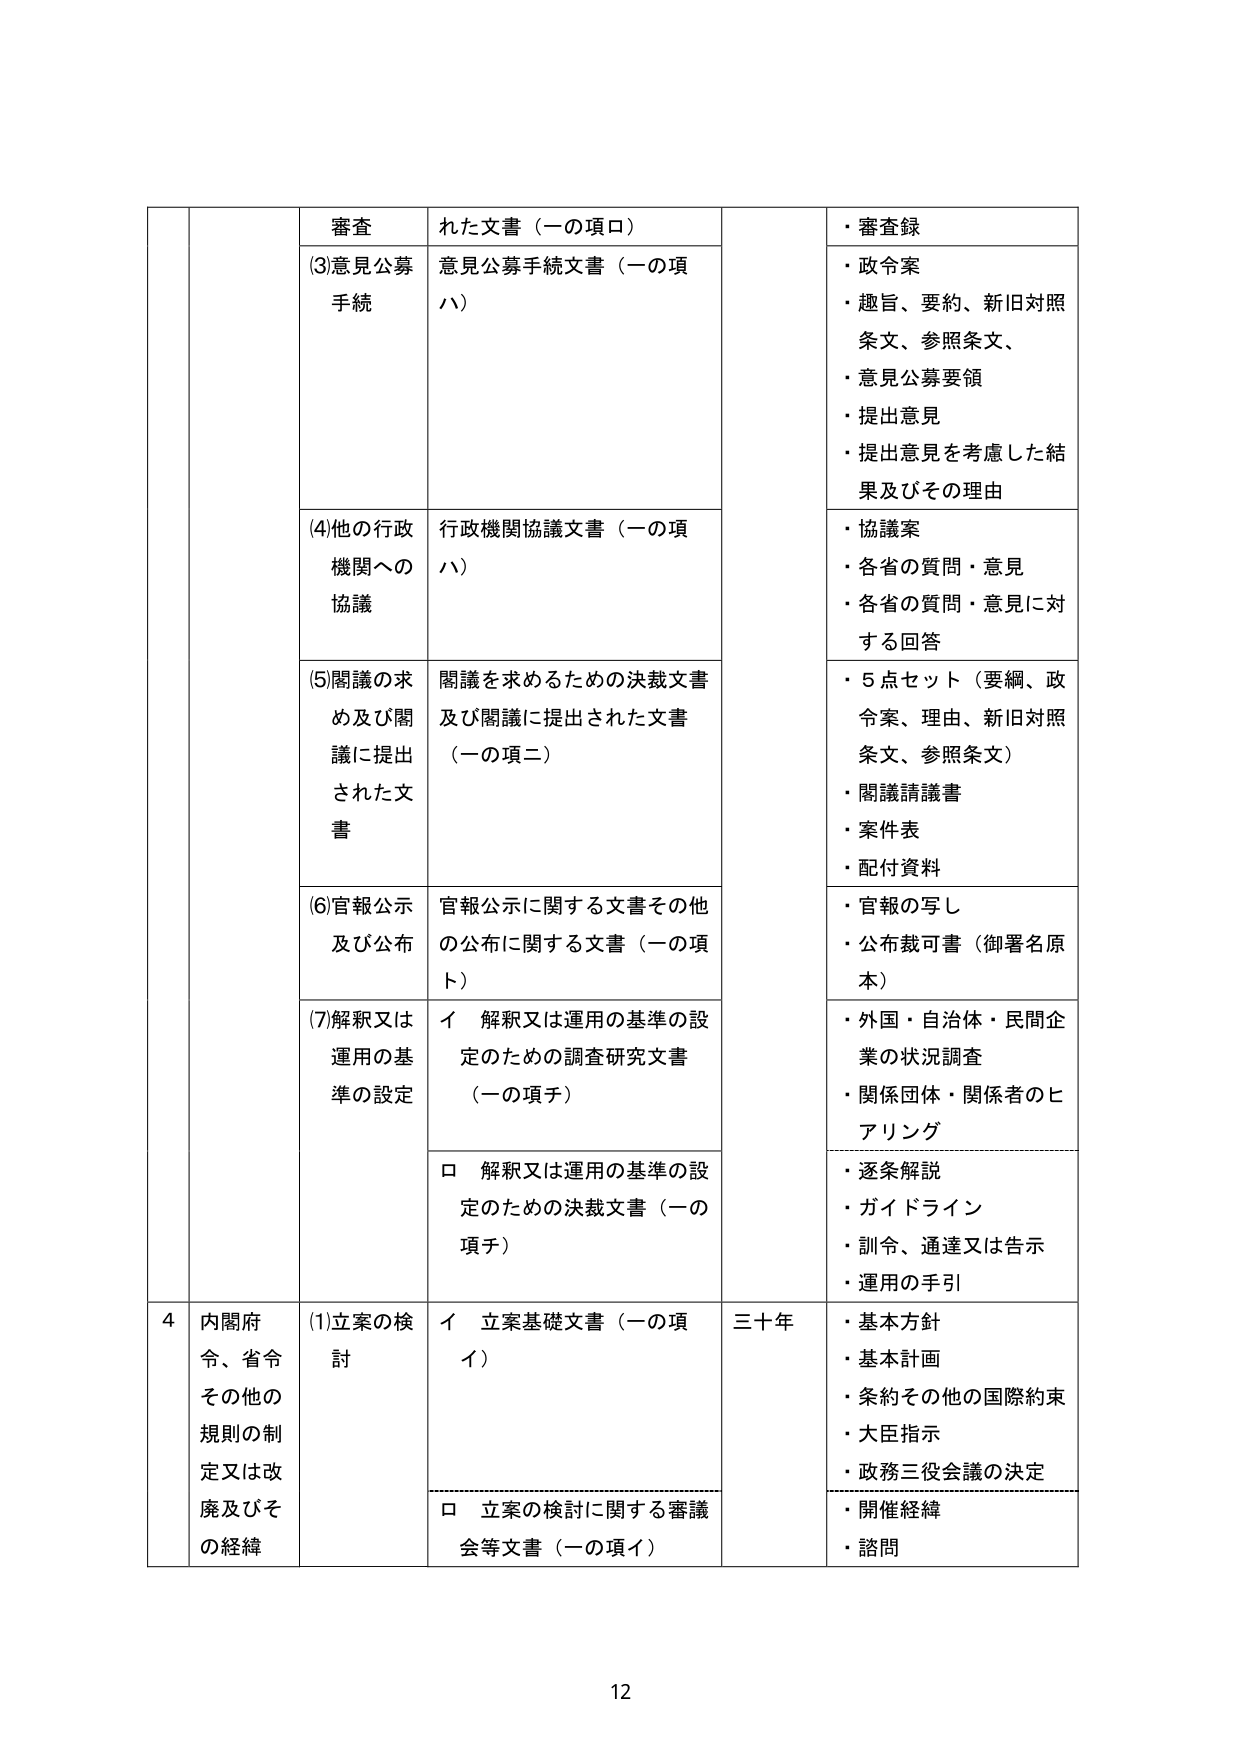
審査
(3)意見公募手続
(4)他の行政機関への協議
(5)閲議の求め及び閲議に提出された文書
(6)官報公示及び公布
(7)解釈又は運用の基準の設定

れた文書（一の項ロ）
意見公募手続文書（一の項ハ）
行政機関協議文書（一の項ハ）
閲議を求めるための決裁文書及び閲議に提出された文書（一の項二）
官報公示に関する文書その他の公布に関する文書（一の項ト）
イ 解釈又は運用の基準の設定のための調査研究文書（一の項チ）
ロ 解釈又は運用の基準の設定のための決裁文書（一の項チ）

・審査録
・政令案
・趣旨、要約、新旧対照条文、参照条文、
・意見公募要領
・提出意見
・提出意見を考慮した結果及びその理由
・協議案
・各省の質問・意見
・各省の質問・意見に対する回答
・5点セット（要綱、政令案、理由、新旧対照条文、参照条文）
・閲議請議書
・案件表
・配付資料
・官報の写し
・公布裁可書（御署名原本）
・外国・自治体・民間企業の状況調査
・関係団体・関係者のヒアリング
・逐条解説
・ガイドライン
・訓令、通達又は告示
・運用の手引

4 内閣府令、省令その他の規則の制定又は改廃及びその経緯
(1)立案の検討
イ 立案基礎文書（一の項イ）
ロ 立案の検討に関する審議会等文書（一の項イ）
三十年
・基本方針
・基本計画
・条約その他の国際約束
・大臣指示
・政務三役会議の決定
・開催経緯
・諮問

12